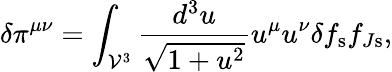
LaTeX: \delta\pi^{\mu\nu}=\int_{\mathcal{V}^{3}}\frac{d^{3}u}{\sqrt{1+u^{2}}}u^{\mu}u^{\nu}\delta f_{\mathrm{s}}f_{J\mathrm{s}},